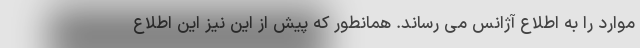
موارد را به اطلاع آژانس می رساند. همانطور که پیش از این نیز این اطلاع